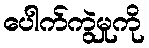
ပေါက်ကွဲမှုကို